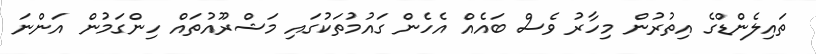
ތައިލެންޑްގެ އިތުރުން މިހާރު ވެސް ބައެއް އެހެން ގައުމުތަކުގައި މަޝްރޫއުތައް ހިންގަމުން އަންނަ